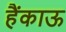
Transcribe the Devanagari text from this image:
हैंकाऊ